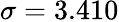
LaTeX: \sigma=3.410